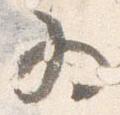
為